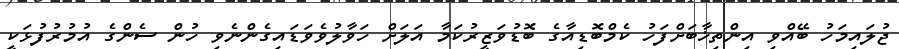
ޖުލައިމަހު ބޭއްވި އިންތިޚާބަށްފަހު ކެމްބޮޑިއާގެ ބޮޑުވަޒީރުކަމާ އަލަށް ހަވާލުވެވަޑައިގެންނެވި ހުން ސެންގެ އުމުރުފުޅަކީ